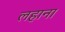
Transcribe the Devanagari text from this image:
लहाना